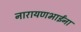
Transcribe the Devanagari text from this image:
नारायणभाईंना